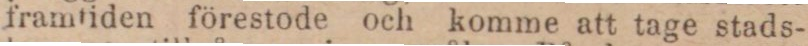
framtiden förestode och komme att tage stads-